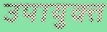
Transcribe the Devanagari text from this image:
उपायुक्‍त